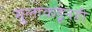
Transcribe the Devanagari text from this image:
मुलाकडूनही